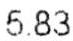
5.83